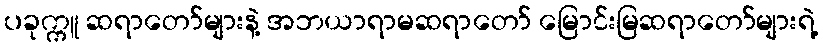
ပခုက္ကူ ဆရာတော်များနဲ့ အဘယာရာမဆရာတော် မြောင်းမြဆရာတော်များရဲ့